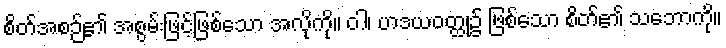
စိတ်အစဉ်၏ အစွမ်းဖြင့်ဖြစ်သော အလိုကို။ ဝါ၊ ဟဒယဝတ္ထု၌ ဖြစ်သော စိတ်၏ သဘောကို။